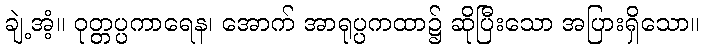
ချဲ့အံ့။ ဝုတ္တပ္ပကာရေန၊ အောက် အာရုပ္ပကထာ၌ ဆိုပြီးသော အပြားရှိသော။